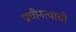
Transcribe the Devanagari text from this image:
प्राचीनत्वाची